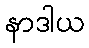
နာဒါယ